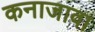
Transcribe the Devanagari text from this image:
कनाजावा